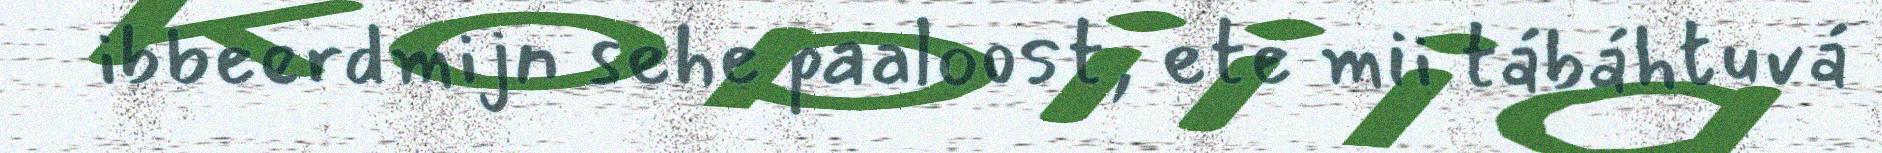
ibbeerdmijn sehe paaloost, ete mii tábáhtuvá